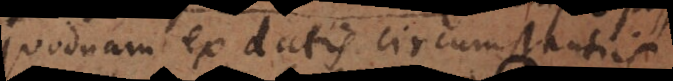
quodnam ex datis circumstantiis